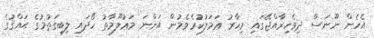
އެހެން ނޫނަސް ދިވެހިރާއްޖޭގައި މިހާރު ޢަމަލުކުރެވެމުން އަންނަ މަޢުލޫމާތު ހޯދައި ލިބިގަތުމުގެ ޙައްޤުގެ